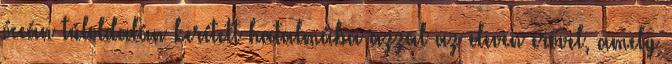
óceán túloldalán kerített hatalmába azzal az eleven erővel, amely